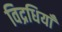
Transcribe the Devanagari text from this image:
विद्रधियाँ